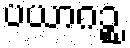
ပယာဂဉ္စ